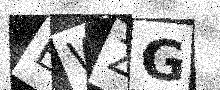
Text: BWZG